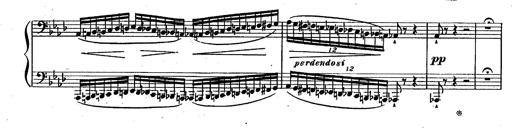
Title: RÃ©miniscences des Huguenots
Composer: Franz Liszt